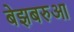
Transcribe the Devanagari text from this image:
बेझबरुआ